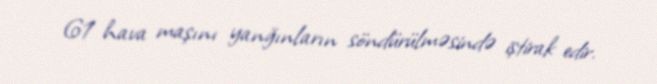
61 hava maşını yanğınların söndürülməsində iştirak edir.